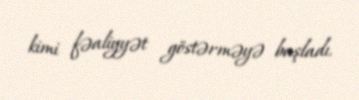
kimi fəaliyyət göstərməyə başladı.